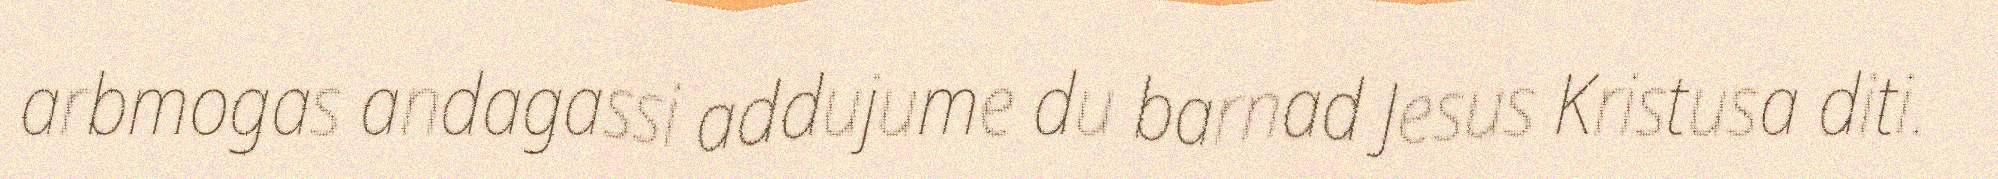
arbmogas andagassi addujume du barnad Jesus Kristusa diti.